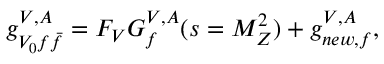
g _ { V _ { 0 } f { \bar { f } } } ^ { V , A } = F _ { V } G _ { f } ^ { V , A } ( s = M _ { Z } ^ { 2 } ) + g _ { n e w , f } ^ { V , A } ,